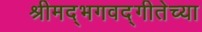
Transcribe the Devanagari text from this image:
श्रीमद्‌भगवद्‌गीतेच्या